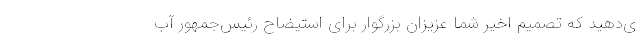
ی‌دهید که تصمیم اخیر شما عزیزان بزرگوار برای استیضاح رئیس‌جمهور آب